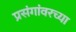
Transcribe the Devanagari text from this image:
प्रसंगांवरच्या